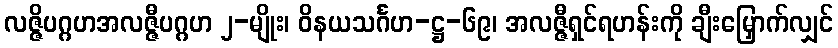
လဇ္ဇိပဂ္ဂဟအလဇ္ဇီပဂ္ဂဟ ၂-မျိုး၊ ဝိနယသင်္ဂဟ-ဋ္ဌ-၆၉၊ အလဇ္ဇီရှင်ရဟန်းကို ချီးမြှောက်လျှင်